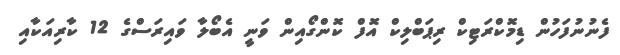
ފެނުނުފަހުން ޑިމޮކްރަޓިކް ރިޕަބްލިކް އޮފް ކޮންގޯއިން ވަނީ އެބޯލާ ވައިރަސްގެ 12 ކާރިއަކާއި